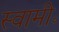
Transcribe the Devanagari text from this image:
स्वामी॰